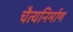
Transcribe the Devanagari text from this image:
चैत्यनिर्माण